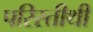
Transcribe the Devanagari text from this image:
परिस्तीथी